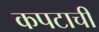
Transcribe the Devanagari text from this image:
कपटाची